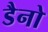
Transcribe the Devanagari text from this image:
डैनो